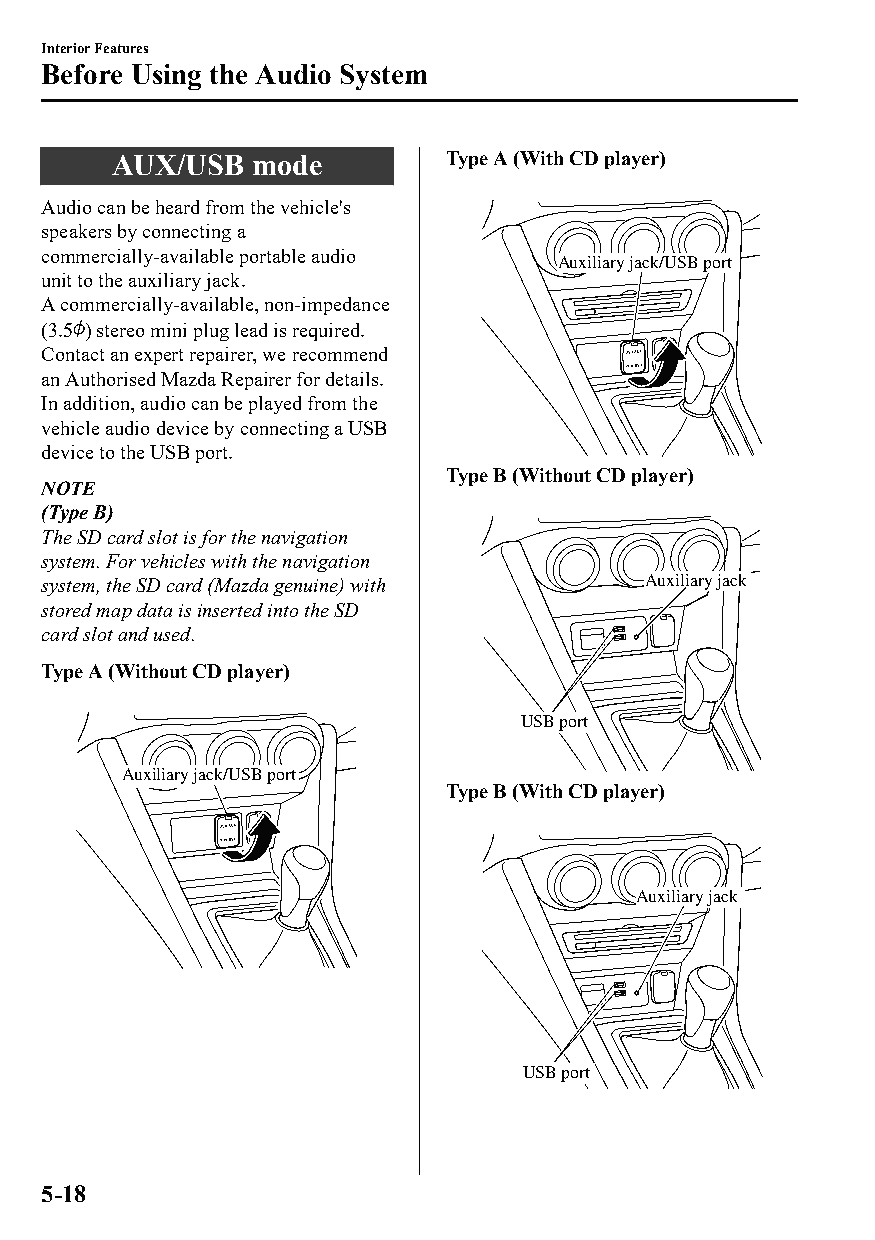
Interior Features
 Before Using the Audio System
 AUX/USB  mode         Type A (With CD player)
 Audio can be heard from the vehicle's
 speakers by connecting a
 commercially-available portable audio
 Auxiliary jack/USB port
 unit to the auxiliary jack.
 A commercially-available, non-impedance
 (3.5 ) stereo mini plug lead is required.
 Contact an expert repairer, we recommend
 an Authorised Mazda Repairer for details.
 In addition, audio can be played from the
 vehicle audio device by connecting a USB
 device to the USB port.
 Type B (Without CD player)
 NOTE
 (Type B)
 The SD card slot is for the navigation
 system. For vehicles with the navigation
 system, the SD card (Mazda genuine) with Auxiliary jack
 stored map data is inserted into the SD
 card slot and used.
 Type A (Without CD player)
 USB port
 Auxiliary jack/USB port
 Type B (With CD player)
 Auxiliary jack
 USB port
 5-18
 CX-3_8GT4-EE-18D_Edition4                  2018-9-6 18:32:19